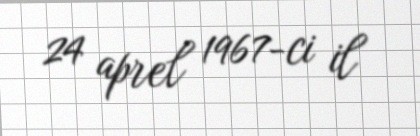
24 aprel 1967-ci il